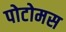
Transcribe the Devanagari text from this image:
पोटोमस